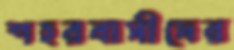
শহরবাসীদের